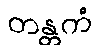
တန္တကံ